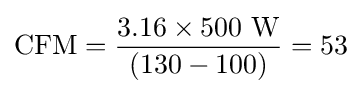
{\text{CFM}}={\frac {3.16\times 500\ {\text{W}}}{(130-100)}}=53